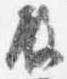
殿